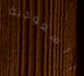
السعودية